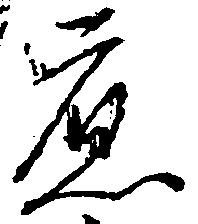
応